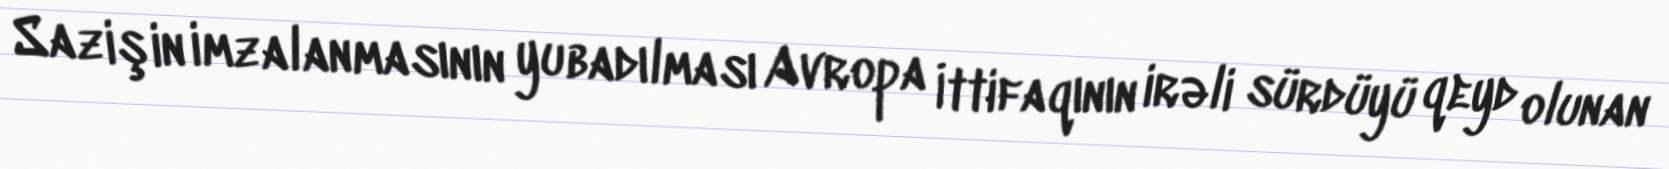
Sazişin imzalanmasının yubadılması Avropa İttifaqının irəli sürdüyü qeyd olunan